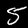
Label: 5